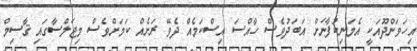
އިހަވަންދޫއަކީ އެމަނިކުފާނަށް އަބަދުވެސް ހާއްސަ އިސްކަމެއް ދެވޭ ރަށެއް ކަމަށްވެސް މިޖަލްސާގައި ޤާސިމް